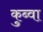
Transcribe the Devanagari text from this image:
कुब्वा